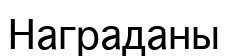
Награданы